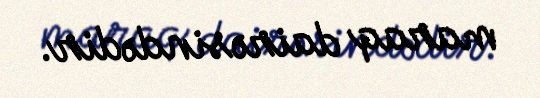
maraq dairəsindədir.